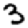
Digit: 3